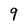
Character: 9